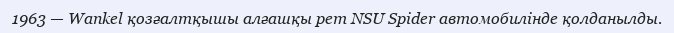
1963 — Wankel қозғалтқышы алғашқы рет NSU Spider автомобилінде қолданылды.